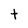
Character: t